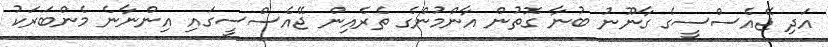
އަދި ޖޭއެސްސީގެ ގާނޫނު ބުނާ ގޮތުން އާންމުންގެ ތެރެއިން ޖޭއެސްސީގައި އިންނާނެ މެންބަރަކު